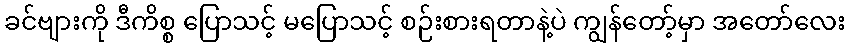
ခင်ဗျားကို ဒီကိစ္စ ပြောသင့် မပြောသင့် စဉ်းစားရတာနဲ့ပဲ ကျွန်တော့်မှာ အတော်လေး